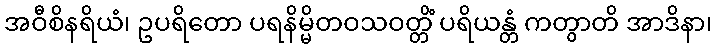
အဝီစိနရိယံ၊ ဥပရိတော ပရနိမ္မိတဝသဝတ္တိံ ပရိယန္တံ ကတွာတိ အာဒိနာ၊